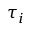
\tau _ { i }